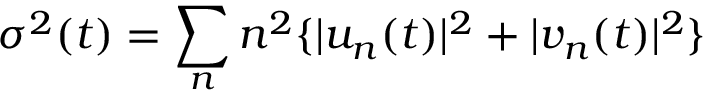
\sigma ^ { 2 } ( t ) = \sum _ { n } n ^ { 2 } \{ | u _ { n } ( t ) | ^ { 2 } + | v _ { n } ( t ) | ^ { 2 } \}